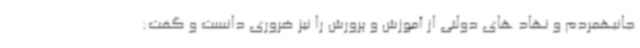
جانبهمردم و نهاد های دولتی از آموزش و پرورش را نیز ضروری دانست و گفت: